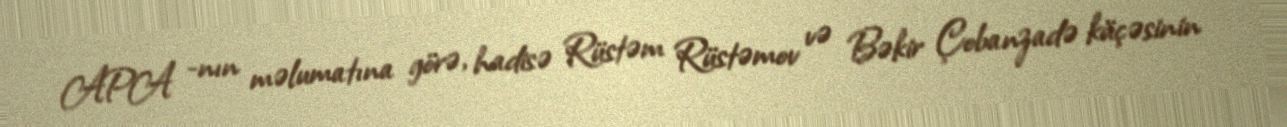
APA -nın məlumatına görə, hadisə Rüstəm Rüstəmov və Bəkir Çobanzadə küçəsinin